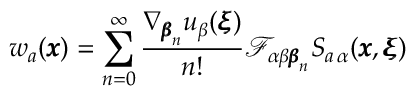
w _ { a } ( { \pmb x } ) = \sum _ { n = 0 } ^ { \infty } \frac { \nabla _ { { \pmb \beta } _ { n } } u _ { \beta } ( { \pmb \xi } ) } { n ! } \mathcal { F } _ { \alpha \beta { \pmb \beta } _ { n } } S _ { a \, \alpha } ( { \pmb x } , { \pmb \xi } )